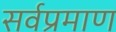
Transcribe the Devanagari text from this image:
सर्वप्रमाण